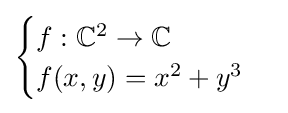
{\begin{cases}f:\mathbb {C} ^{2}\to \mathbb {C} \\f(x,y)=x^{2}+y^{3}\end{cases}}